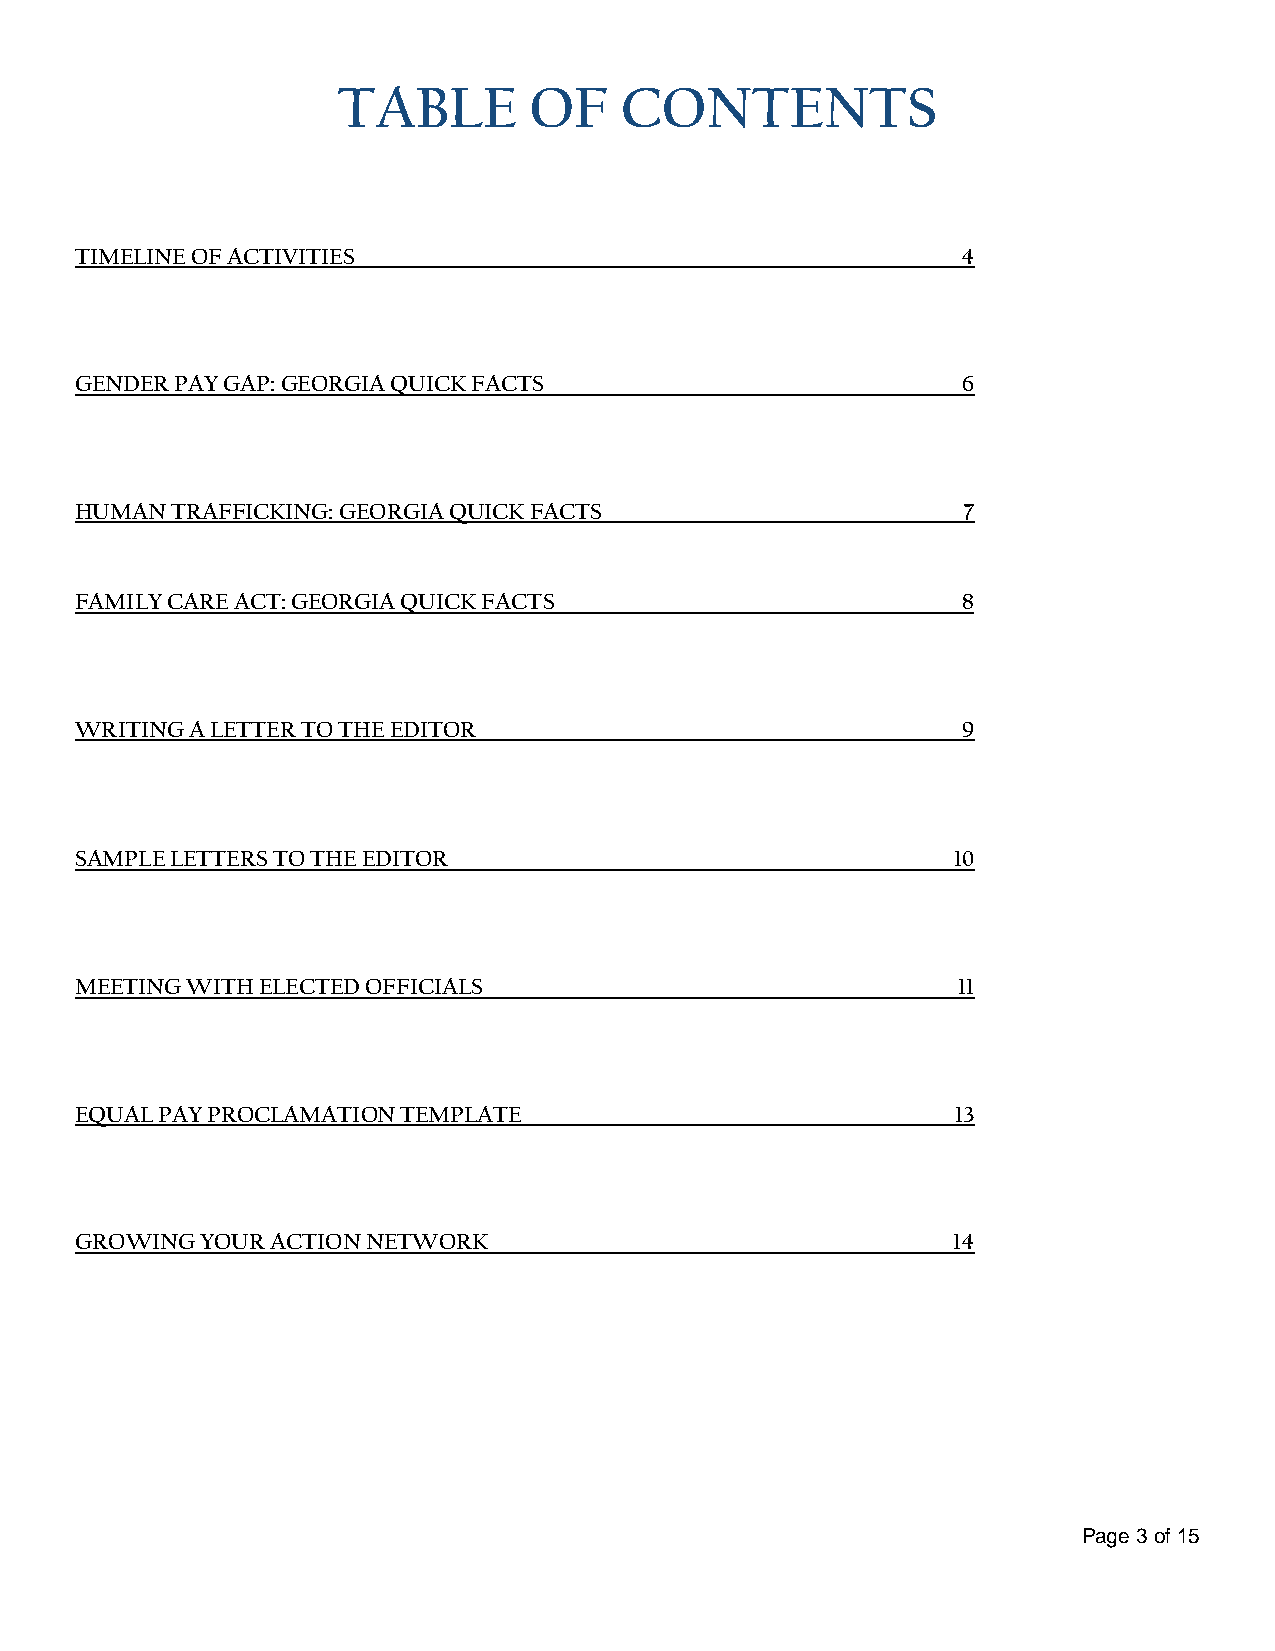
TABLE        OF    CONTENTS
 TIMELINE OF ACTIVITIES                                     4
 GENDER PAY GAP: GEORGIA QUICK FACTS                        6
 HUMAN TRAFFICKING: GEORGIA QUICK FACTS                     7
 FAMILY CARE ACT: GEORGIA QUICK FACTS                       8
 WRITING A LETTER TO THE EDITOR                             9
 SAMPLE LETTERS TO THE EDITOR                              10
 MEETING WITH ELECTED OFFICIALS                            11
 EQUAL PAY PROCLAMATION TEMPLATE                           13
 GROWING YOUR ACTION NETWORK                               14
 Page 3 of 15